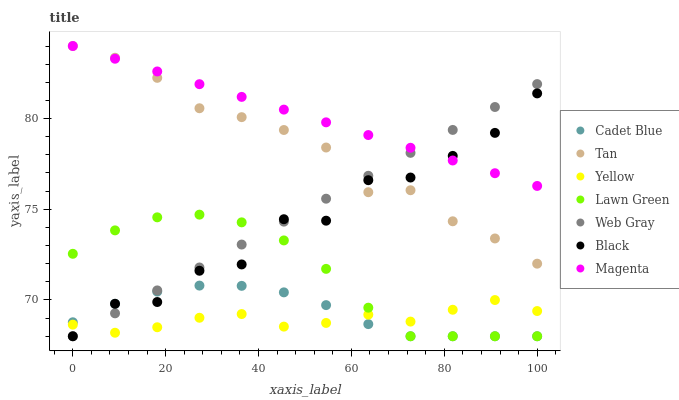
| xaxis_label | Cadet Blue | Tan | Yellow | Lawn Green | Web Gray | Black | Magenta |
 | --- | --- | --- | --- | --- | --- | --- | --- |
 | 0 | 68.8 | 84 | 68.6 | 72.5 | 68 | 68 | 84 |
 | 9.09 | 69.8 | 83.4 | 68.2 | 73.8 | 69.3 | 69.8 | 83.3 |
 | 18.2 | 70.5 | 82.2 | 68.5 | 74.6 | 70.5 | 69.9 | 82.6 |
 | 27.3 | 70.8 | 80.6 | 69 | 74.7 | 71.8 | 71.6 | 81.9 |
 | 36.4 | 70.8 | 80.1 | 69.2 | 74.3 | 73.1 | 72 | 81.2 |
 | 45.5 | 70.4 | 79.4 | 68.5 | 73.3 | 74.3 | 74.5 | 80.5 |
 | 54.5 | 69.7 | 78.4 | 68.7 | 71.7 | 75.6 | 74.4 | 79.8 |
 | 63.6 | 68.7 | 75.9 | 69.2 | 69.6 | 76.8 | 76.6 | 79.1 |
 | 72.7 | 68 | 76 | 68.8 | 68 | 78.1 | 76.7 | 78.4 |
 | 81.8 | 68 | 74.3 | 69.5 | 68 | 79.4 | 77.9 | 77.7 |
 | 90.9 | 68 | 73.4 | 70 | 68 | 80.6 | 79.2 | 77 |
 | 100 | 68 | 72 | 69.4 | 68 | 81.9 | 81.4 | 76.3 |